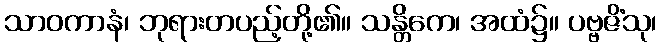
သာဝကာနံ၊ ဘုရားတပည့်တို့၏။ သန္တိကေ၊ အထံ၌။ ပဗ္ဗဇိံသု၊